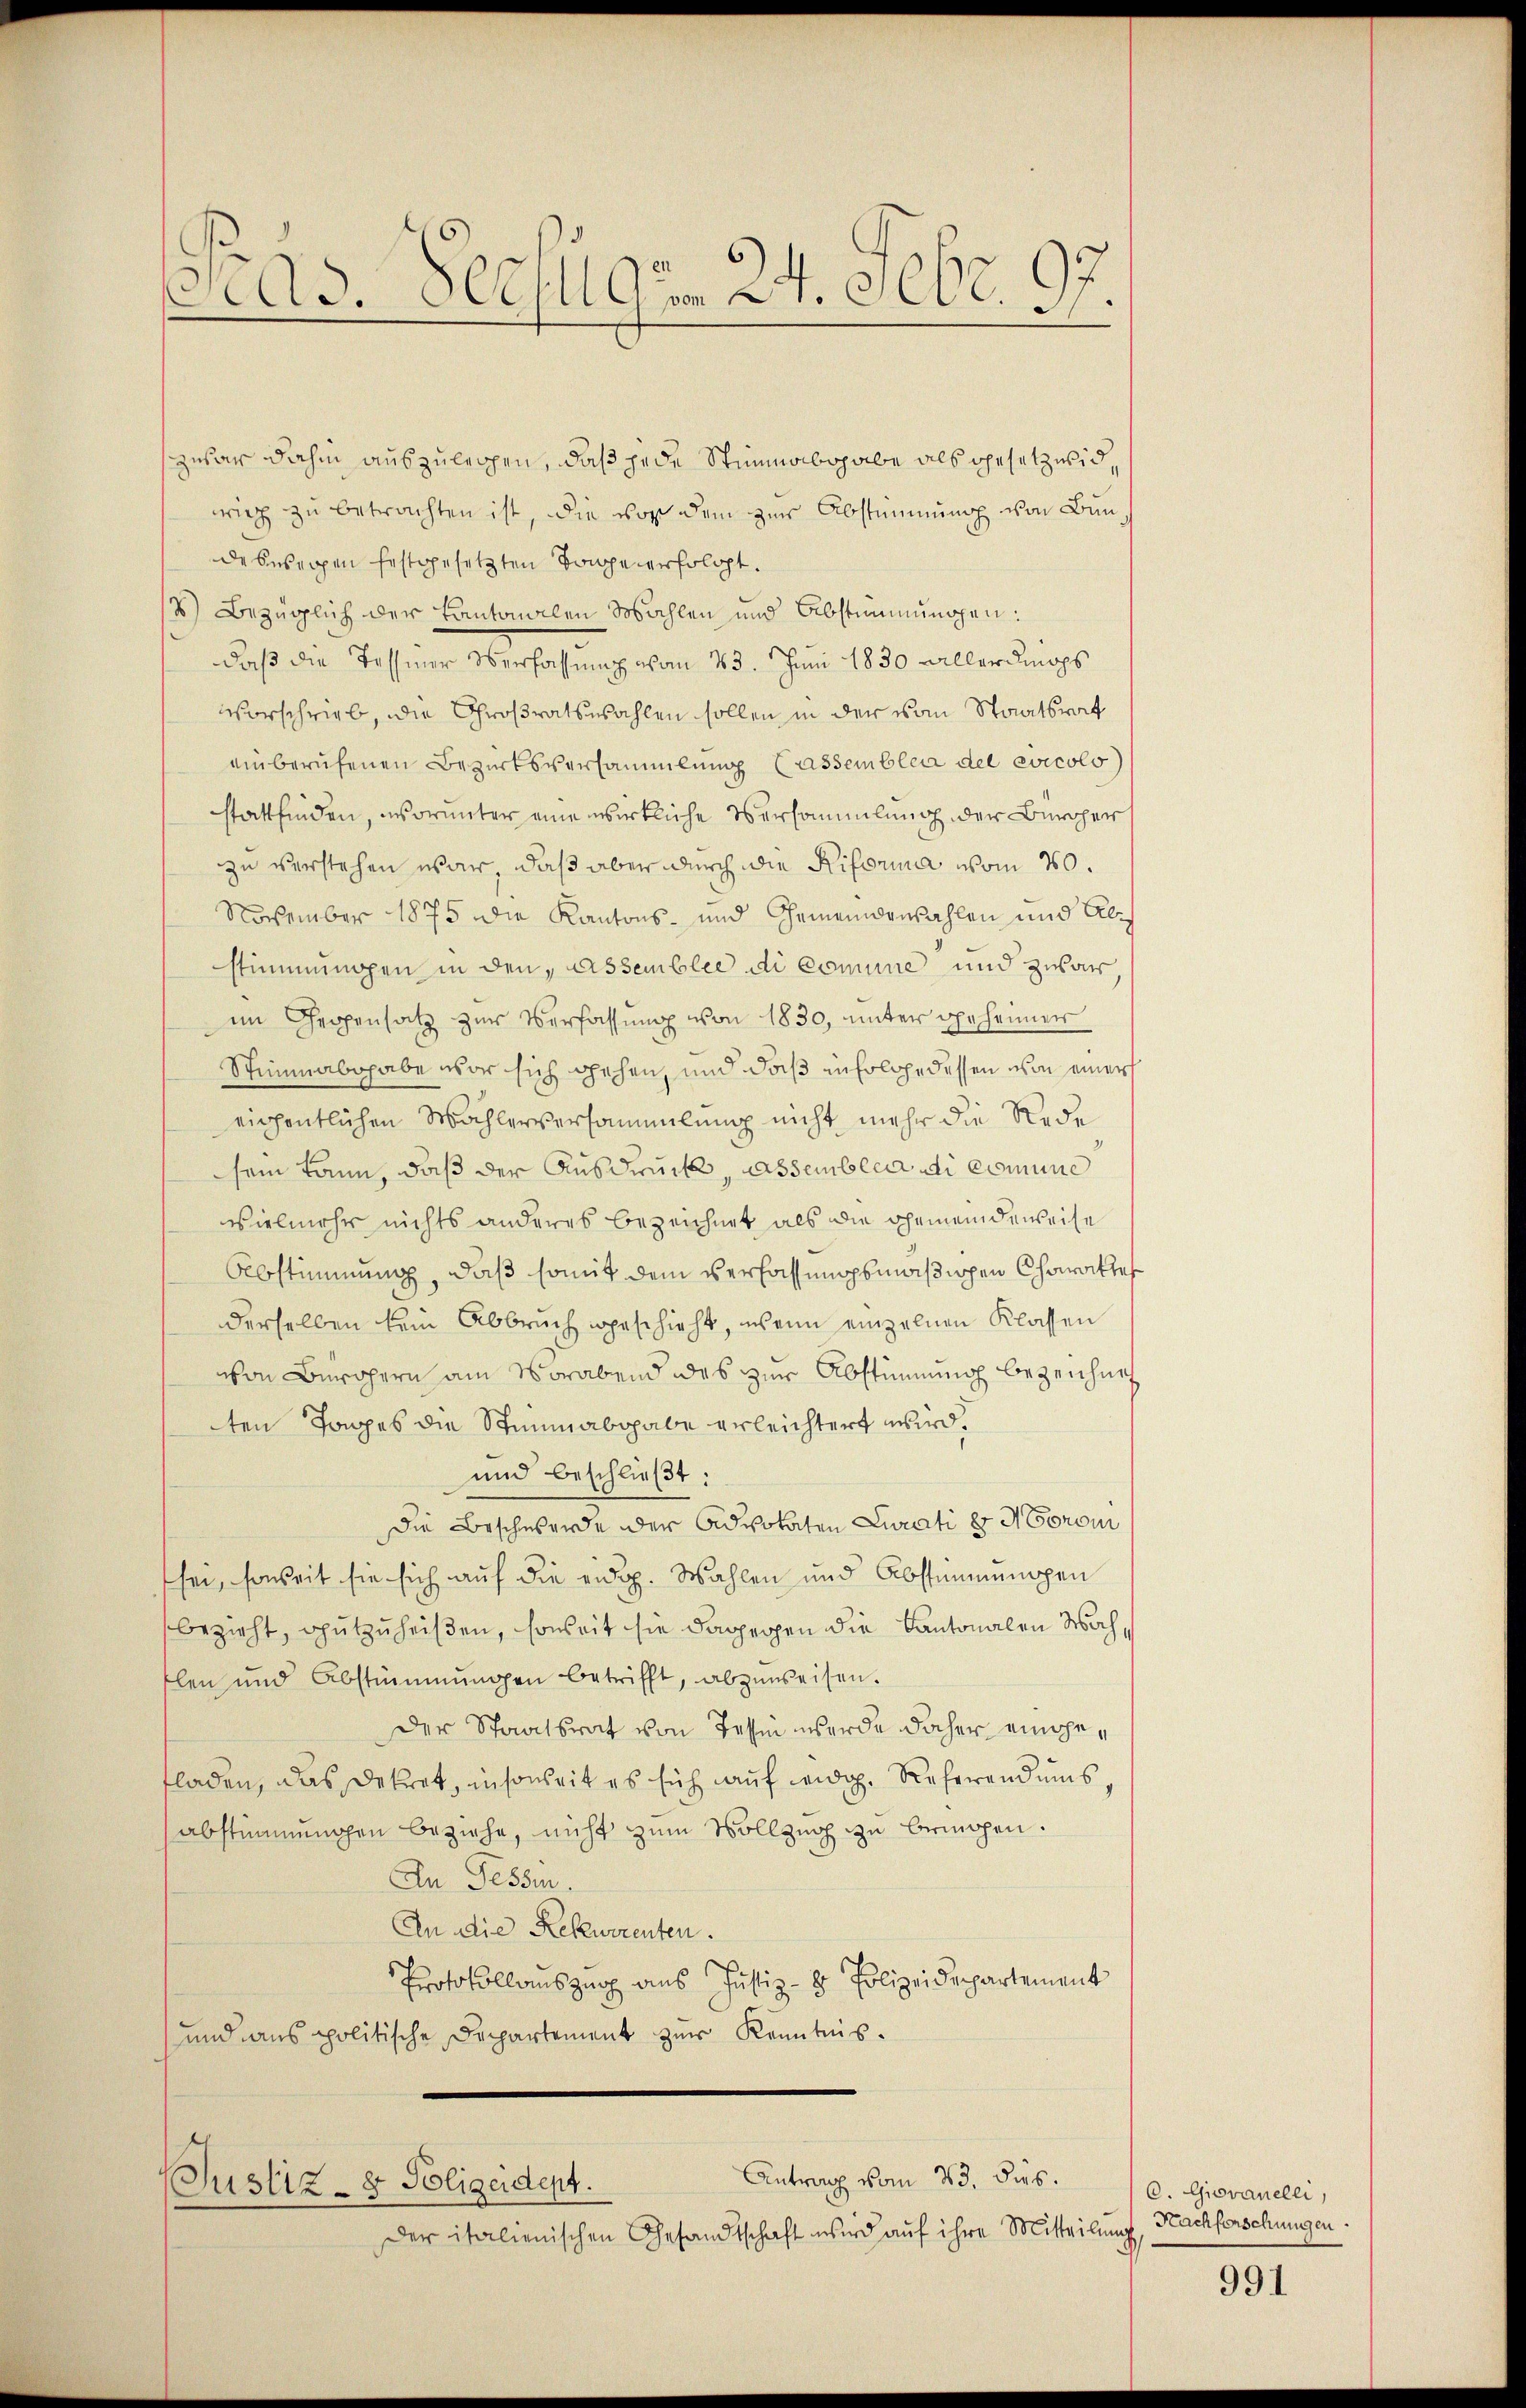
As. Sees 9. 24. 9000. 97.

zuvar dahin auszulegen, daß jede Stimmabgabe als gesetzwidwirg zu betrachten ist, die vor dem zur Abstimmung von Bundeswegen festgesetzten Tone erfolgt.
/8) Bezüglich der Kantonalen Mahlen und Abstimmungen:
daß die Tessiner Verfassung vom 23. Juni 1830 allerdings
vorschrieb, die Großratswahlen sollen in der vom Staatsrat
einberufenen Bezirksversammlung Cassemble del evicolo
stattfinden, worunter eine wirkliche Versammlung der Bewoher
zu verstehen war, daß aber durch die Riforma vom 20.
November 1875 die Kantons- und Gemeindenzahlen und Abstimmungen in den Assemblee di comune und zwar
im Gegensatz zur Verfassung von 1830, unter geheimer
Scimmabohabe vor sich gehen, und daß infolge dessen von einer
eichentlichen Mahlerversammlung nicht mehr die Rede
sein kann, daß der Ausdruck, assemblia ei comune
vielmehr nichts anderes bezeichnet als die Gemeindeweise
Abstimmung, daß somit dem Verfassungsmäßigen Charaktes
derselben kein Abbruch geschieht, wenn einzelnen Klassen
von Bewohern am Vorabend des zur Abstimmung bezeichnet
ten Tages die Stimmabgabe erleichtert wird.
und beschließt:
Die Beschwerde der Advokaten Curati er Norom
sei, soweit sie sich auf die eidg. Wahlen und Abstimmungen
bezieht, gutzuheißen, soweit sie dagegen die Kantonalen Wachflen und Abstimmungen betrifft, abzuweisen.
der Staatsrat von Tessen werde daher eingefladen, das Dekret, insoweit es sich auf weidg. Referend ums¬
Abstimmungen beziehe, nicht zum Vollzug zu bringen.
An Fessen.
An die Rekurrenten.
Protokollauszug aus Justiz- & Polizeidepartement
und dans politische Departement zur Kenntnis.

Antrag vom 23. ds.
(Justiz- & Polizeident.

Der italienischen Gesandtschaft wird auf ihre Mitteilung

C. Giovanelli,
Nachforschungen.

991